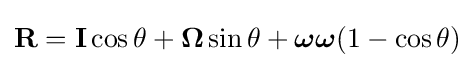
\mathbf {R} =\mathbf {I} \cos \theta +{\boldsymbol {\Omega }}\sin \theta +{\boldsymbol {\omega \omega }}(1-\cos \theta )